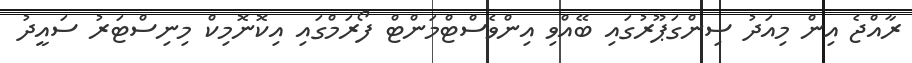
ރާއްޖެ އިން މިއަދު ސިންގަޕޫރުގައި ބޭއްވި އިންވެސްޓްމަންޓް ފޯރަމްގައި އިކޮނޮމިކް މިނިސްޓަރު ސައީދު